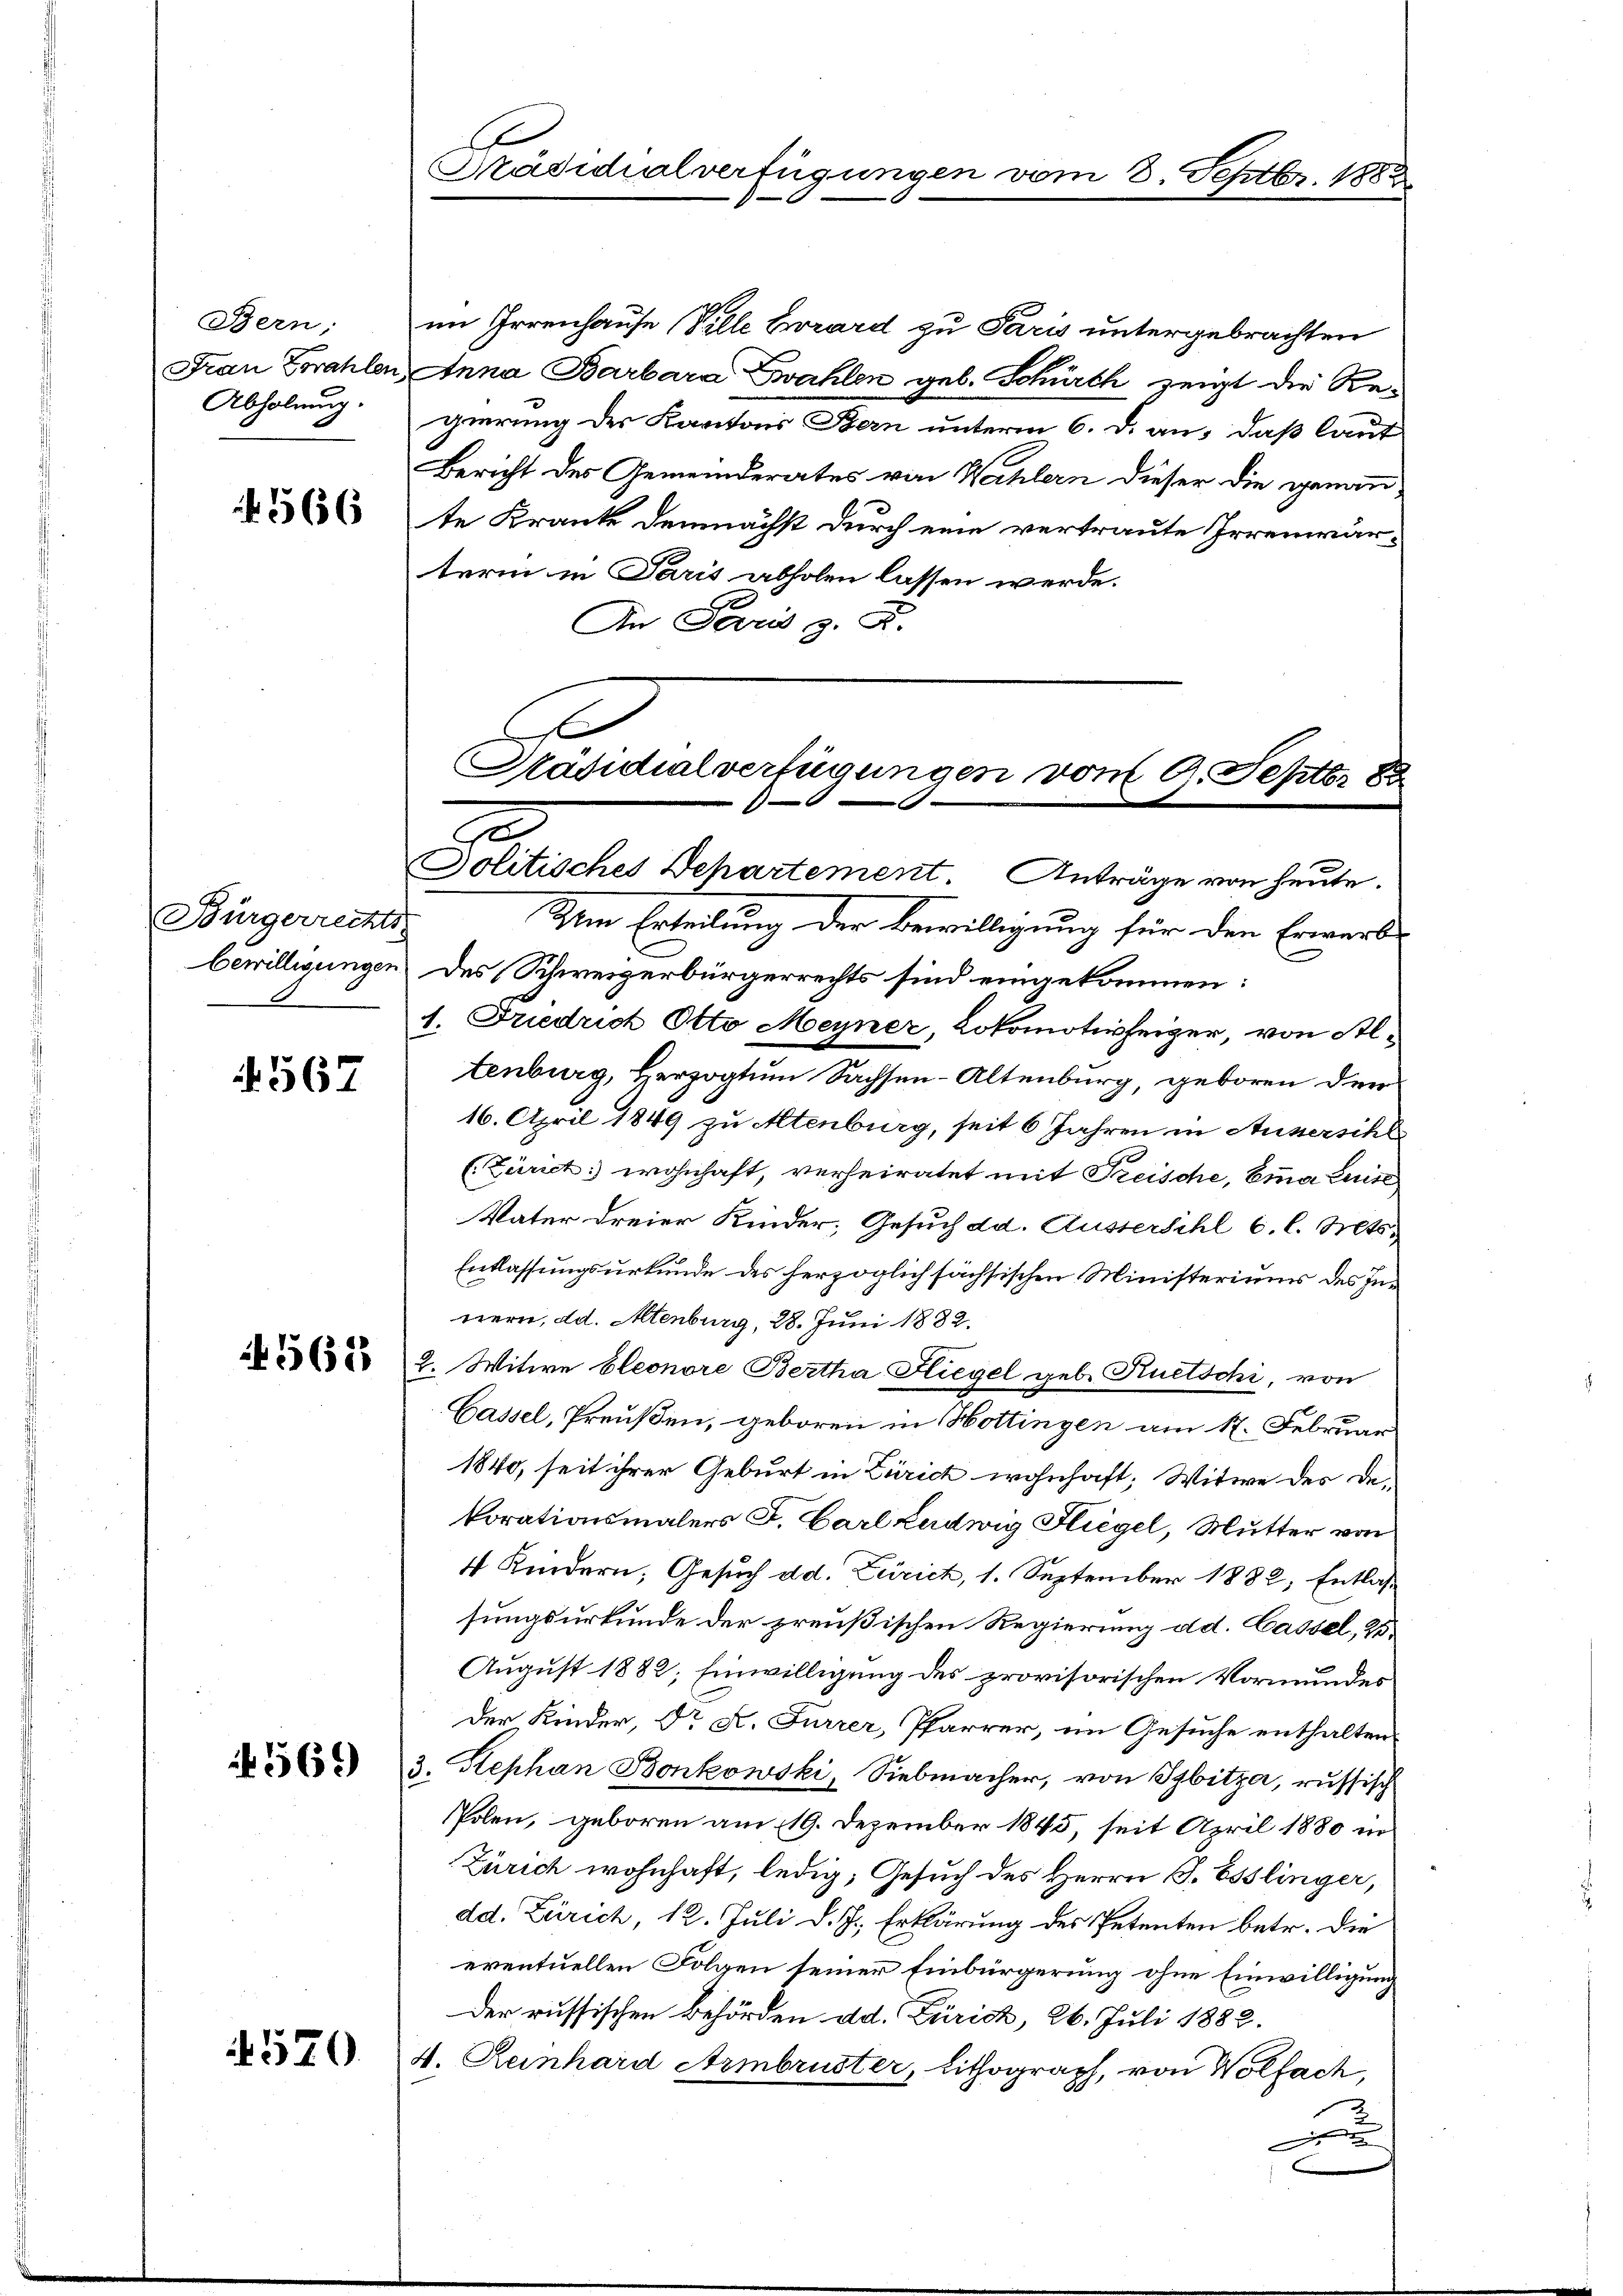
Bern,
Frau Vorahlen
Abholung.

566

Bürgerrechts-
bewilligungen

567.

562

N 569

4570

Er
Präsidialverfügungs

2. Septbr. 1882

im Irrenhause (Ville Errard zu Paris untergebrachten
Anna Barbara Zahlen geb. Schürth zeigt die Regierung des Kantons Bern unterm 6. d. an, daß laut
Bericht des Gemeinderates von Wahlern dieser die gemann
te Kranke demnächst durch eine vertraute Irrenwärterm in Paris abholen lassen werde.
.
An Pard z. R.
C

Präsidialverfügungen vom 9. Septbr 88
Jolitisches Departement Anträge von heute.

Dem Erteilung der Bewilligung für den Erwerks
des Schweizerbürgerrechts sind eingekommen:
1. Friedrich Otto Meyner, Lokomotivheizer, von Altenburg, Herzogtum Sachsen-Altenburg, geboren den
16. April 1849 zu Altenburg, seit 6 Jahren in Aussersihl
(Zürich: wohnhaft, verheiratet mit Preische, Emma Luise
Vater dreier Kinder, Gesuch dd. Aussersihl 6. l. Mts.
Entlassungsurkunde des herzoglich sächsischen Ministeriums des Innern, dd. Altenburg, 28. Juni 1882.
2. Witwe Eleonore Bertha Hiegel geb. Ruetschi, von
Gassel, Preußen, geboren in Hottingen am 17. Februar
1840, seit ihrer Geburt in Zürich wohnhaft, Witwe der Dekorationsmalers F. Carl Ludwig Hiegel, Mutter von
4 Kindern, Gesuch dd. Zürich, 1. September 1882, Entlassungsurkunde der preußischen Regierung d d. Cassel, 23.
August 1882; Einwilligung des provisorischen Vormundes
Der Kinder, Dr A. Furrer, Pfarrer, im Gesuche enthalten.
3. Kephan Bonkowski, Siebmacher, von Sibitze, russisch
Polen, geboren am 19. Dezember 1845, seit April 1880 in
Zürich wohnhaft, ledig, Gesuch des Herrn J. Esslinger,
dd. Zürich, 12. Juli d. J., Erklärung des Petenten betr. die
eventuellen Folgen seiner Einbürgerung ohne Einwilligung
Der russischen Behörden dd. Zürich, 26. Juli 1882.
4. Reinhard Armbruster, Lithograph, von Wolfach,
F